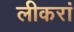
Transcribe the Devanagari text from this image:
लीकरां